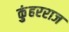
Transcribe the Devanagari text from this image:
कुंहरराज